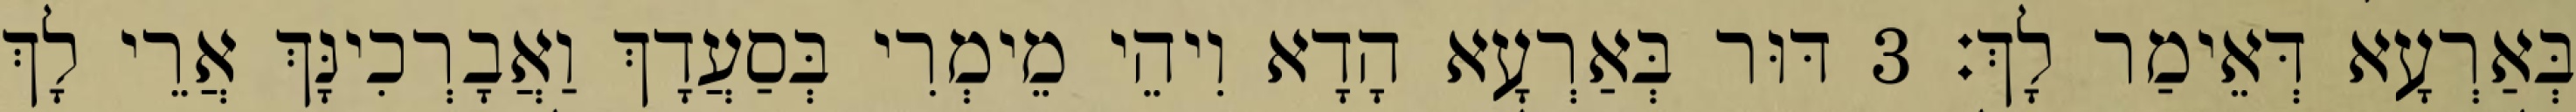
בְּאַרְעָא דְּאֵימַר לָךְ׃ 3 דּוּר בְּאַרְעָא הָדָא וִיהֵי מֵימְרִי בְּסַעֲדָךְ וַאֲבָרְכִינָּךְ אֲרֵי לָךְ